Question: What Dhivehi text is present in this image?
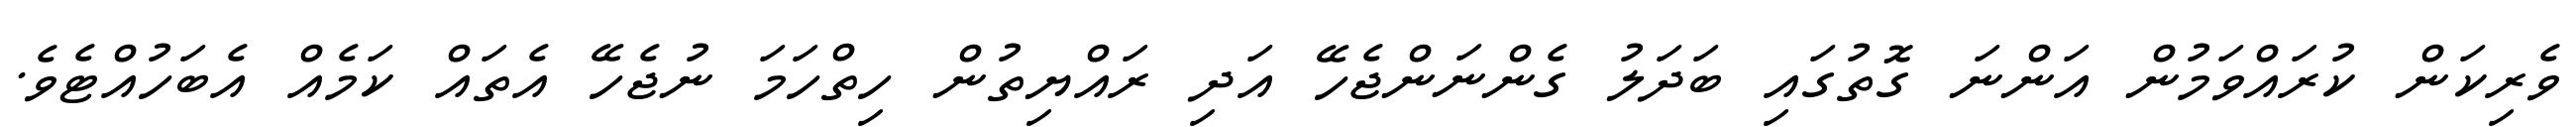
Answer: ވެރިކަން ކުރައްވަމުން އަންނަ ގޮތުގައި ބަދަލު ގެންނަންޖެހޭ އަދި ރައްޔިތުން ހިތްހަމަ ނުޖެހޭ އެތައް ކަމެއް އެބަހުއްޓެވެ.